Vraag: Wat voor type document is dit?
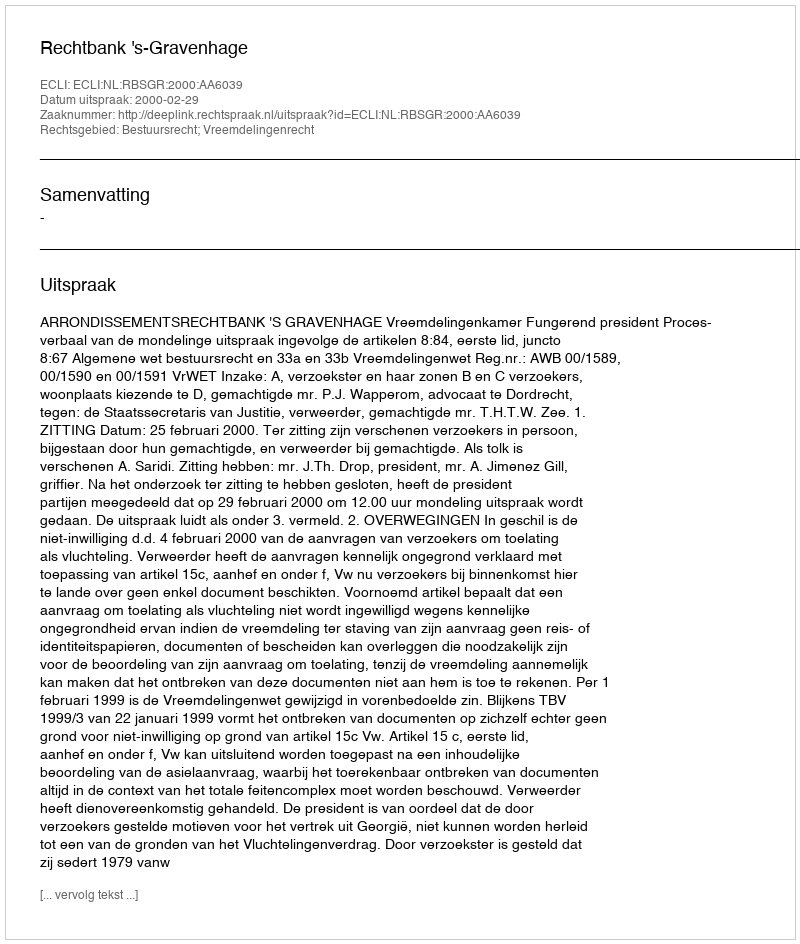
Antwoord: Uitspraak